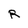
Character: R